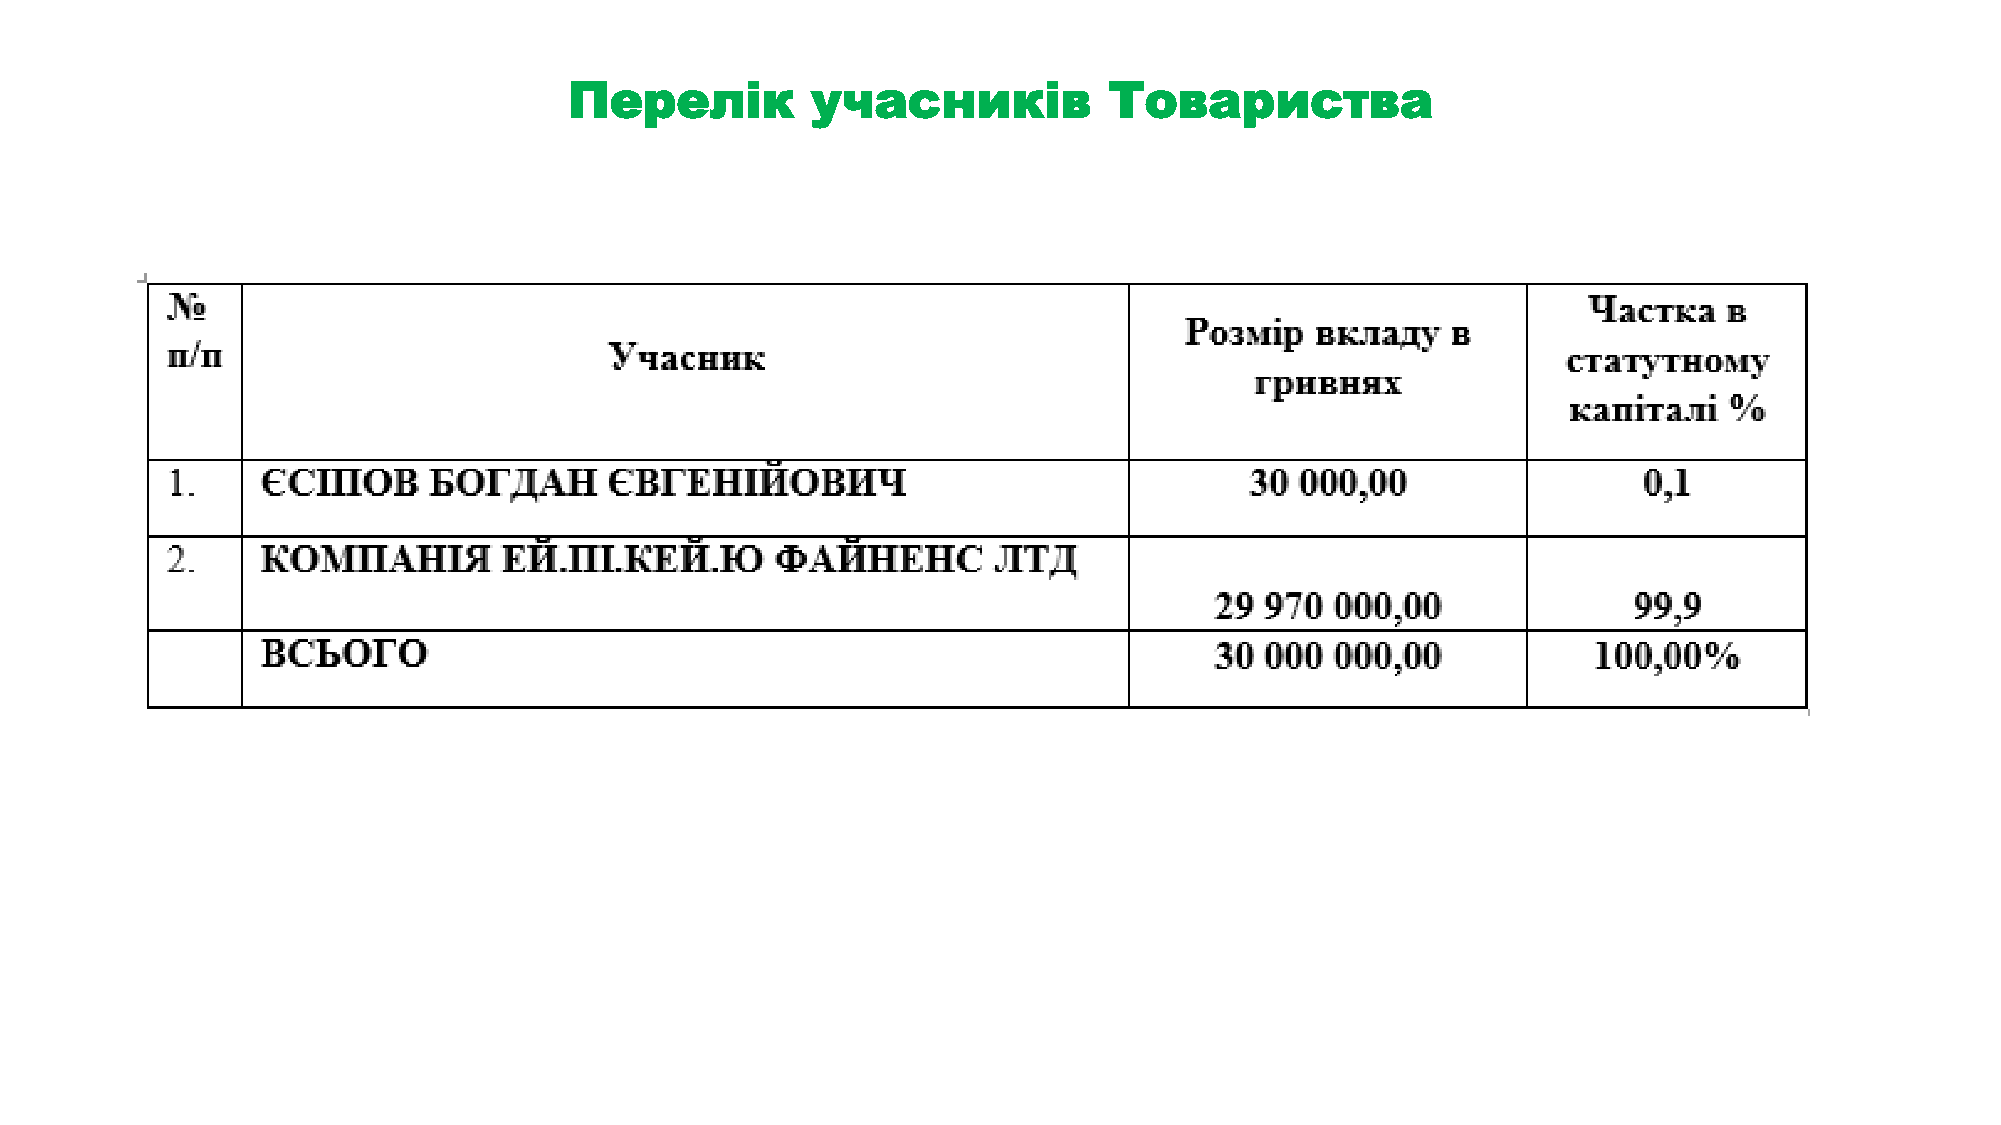
Перелік         учасників          Товариства